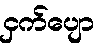
ငှက်ပျော